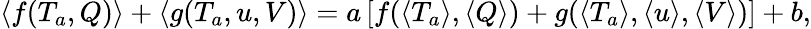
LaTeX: \langle f(T_{a},Q)\rangle+\langle g(T_{a},u,V)\rangle=a\left[f(\langle T_{a}\rangle,\langle Q\rangle)+g(\langle T_{a}\rangle,\langle u\rangle,\langle V\rangle)\right]+b,